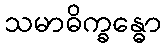
သမာဓိက္ခန္ဓော